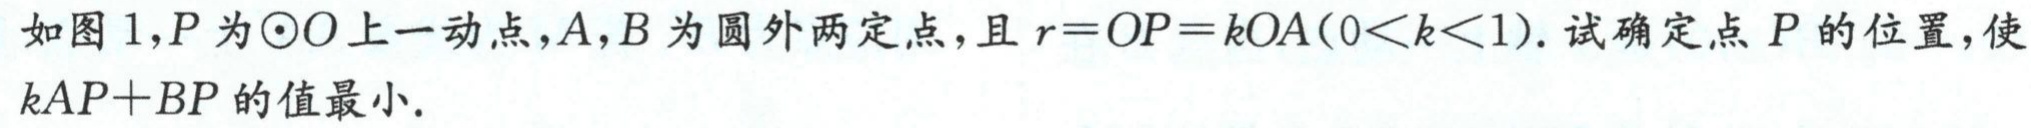
如图 1,$P$为$\odot O$上一动点,$A,B$为圆外两定点,且$r = OP = kOA(0 < k < 1)$. 试确定点$P$的位置,使$kAP + BP$的值最小.